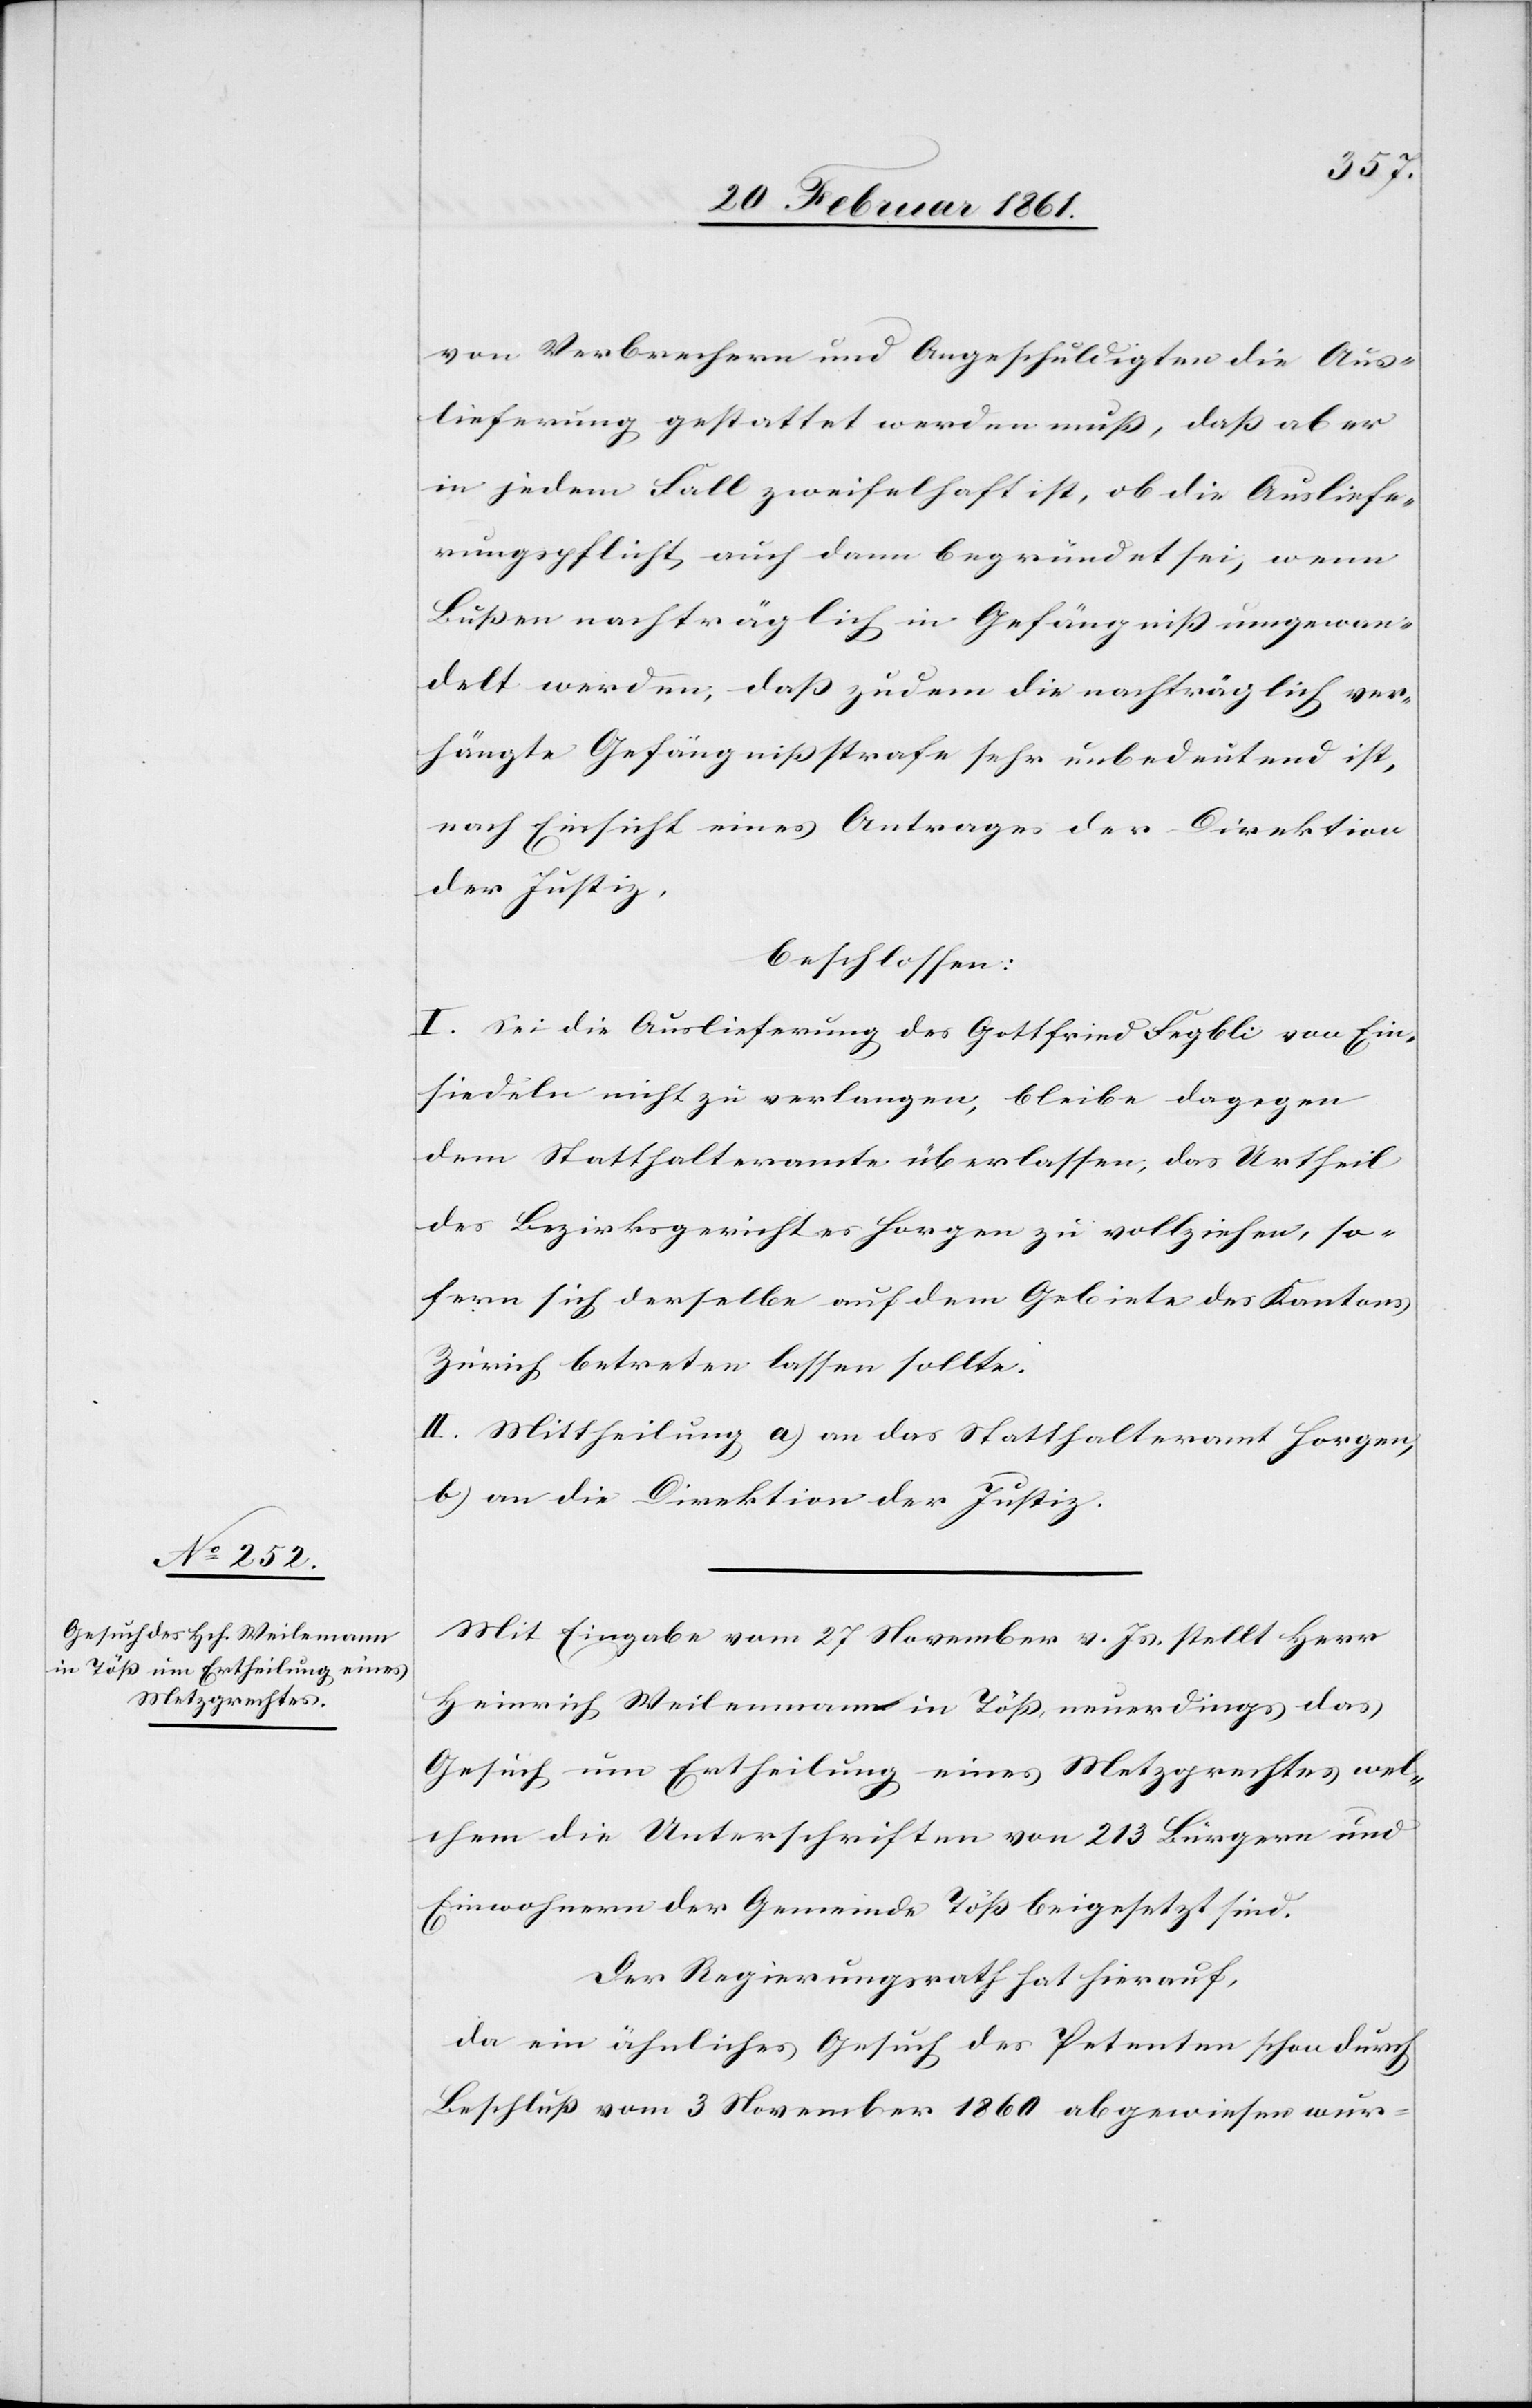
von Verbrechern und Angeschuldigten die Aus¬
lieferung gestattet werden muss, dass aber
in jedem Fall zweifelhaft ist, ob die Ausliefe¬
rungspflicht, auch dann begründet sei, wenn
Bussen nachträglich in Gefängniss ungewan¬
delt werden, dass zudem die nachträglich ver¬
hängte Gefängnissstrafe sehr unbedeutend ist,
nach Einsicht eines Antrages der Direktion
der Justiz,
beschlossen:
I. Sei die Auslieferung des Gottfried Fegbli von Ein¬
siedeln nicht zu verlangen, bleibe dagegen
dem Statthalteramte überlassen, das Urtheil
des Bezirksgerichtes Horgen zu vollziehen, so¬
fern sich derselbe auf dem Gebiete des Kantons
Zürich betreten lassen sollte.
II. Mittheilung, a) an das Statthalteramt Horgen,
b) an die Direktion der Justiz.
Mit Eingabe vom 27. November v. Js. stellt Herr
Heinrich Weilenmann [sic!] in Töss, neuerdings das
Gesuch um Ertheilung eines Metzgrechtes, wel¬
chem die Unterschriften von 213 Bürgern und
Einwohnern der Gemeinde Töss beigesetzt sind.
Der Regierungsrath hat hierauf,
da ein ähnliches Gesuch des Petenten schon durch
Beschluss vom 3. November 1860 abgewiesen wur-